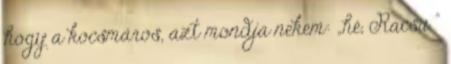
hogy a kocsmáros, azt mondja nekem: „hé, Racsu ”